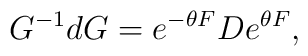
G^{-1}d G=e^{-\theta  F}  D  e^{\theta F},